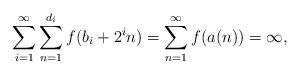
LaTeX: \begin{align*}\sum_{i=1}^\infty\sum_{n=1}^{d_i}f(b_{i}+2^in) = \sum_{n = 1}^\infty f(a(n)) = \infty,\end{align*}